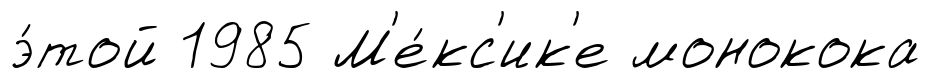
э́той 1985 М'е́кс'ик'е монокока